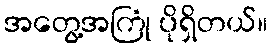
အတွေ့အကြုံ ပိုရှိတယ်။